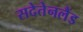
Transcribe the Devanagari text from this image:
सदेतेनलैंड